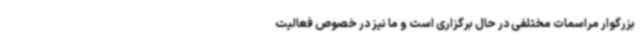
بزرگوار مراسمات مختلفی در حال برگزاری است و ما نیز در خصوص فعالیت